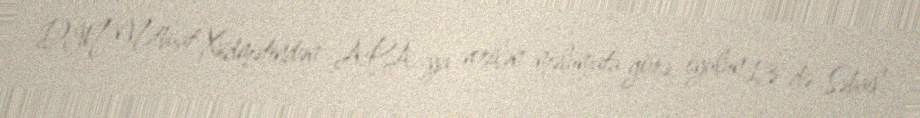
DİN Mətbuat Xidmətindən APA-ya verilən məlumata görə, iyulun 13-də Səbail